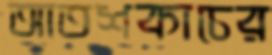
আতশকাচের